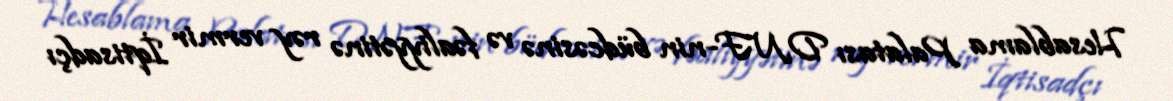
Hesablama Palatası DNF-nin büdcəsinə və fəaliyyətinə rəy vermir İqtisadçı